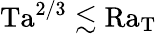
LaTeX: \mathrm{Ta}^{2/3}\lesssim\mathrm{Ra_{T}}